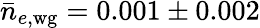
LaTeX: \bar{n}_{e,{\mathrm{wg}}}=0.001\pm 0.002